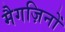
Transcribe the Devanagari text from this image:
मैगज़िनों